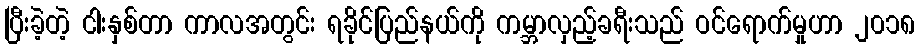
ပြီးခဲ့တဲ့ ငါးနှစ်တာ ကာလအတွင်း ရခိုင်ပြည်နယ်ကို ကမ္ဘာလှည့်ခရီးသည် ဝင်ရောက်မှုဟာ ၂၀၁၈